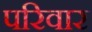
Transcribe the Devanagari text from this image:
परिवार